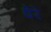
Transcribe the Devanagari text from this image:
धेरे